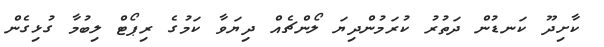
ކާށިދޫ ކަނޑުން ދަތުރު ކުރަމުންދިޔަ ލޯންޗެއް ދިޔަވާ ކަމުގެ ރިޕޯޓް ލިބުމާ ގުޅިގެން